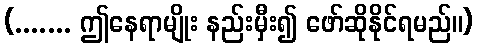
(....... ဤနေရာမျိုး နည်းမှီး၍ ဖော်ဆိုနိုင်ရမည်။)